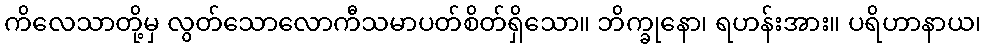
ကိလေသာတို့မှ လွတ်သောလောကီသမာပတ်စိတ်ရှိသော။ ဘိက္ခုနော၊ ရဟန်းအား။ ပရိဟာနာယ၊